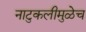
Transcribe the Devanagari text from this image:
नाटुकलीमुळेच